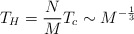
\begin{align*}T_H = \frac{N}{M} T_c \sim M^{- \frac{1}{3}}\end{align*}